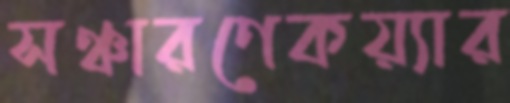
সঞ্চারণেকয়্যার